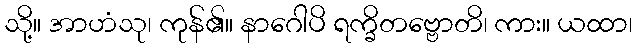
သို့။ အာဟံသု၊ ကုန်၏။ နာဂေါပိ ရက္ခိတဗ္ဗောတိ၊ ကား။ ယထာ၊